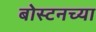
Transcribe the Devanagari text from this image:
बोस्टनच्या